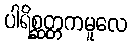
ပါရိစ္ဆတ္တကမူလေ